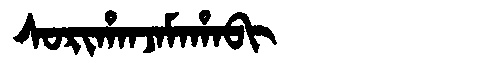
Manchu: ᠰᠣᡵᡳᡥᠠᠨᠵᠠᠮᠠᡥᠠᠪᡳ
Romanization: SORIHANJAMAHABI